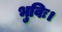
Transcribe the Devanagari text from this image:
भुविः।